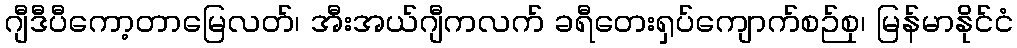
ဂျီဒီပီကော့တာမြေလတ်၊ အီးအယ်ဂျီကလက် ခရီတေးရှပ်ကျောက်စဉ်စု၊ မြန်မာနိုင်ငံ